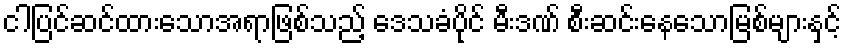
ငါပြင်ဆင်ထားသောအရာဖြစ်သည့် ဒေသခံပိုင် မီးဒဏ် စီးဆင်းနေသောမြစ်များနှင့်